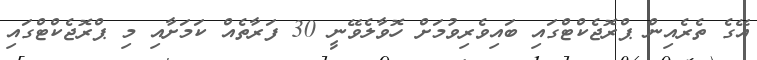
އޭގެ ތެރެއިން ޕްރޮޖެކްޓްގައި ބައިވެރިވުމަށް ހޮވާލެވޭނީ 30 ފަރާތެއް ކަމަށާއި މި ޕްރޮޖެކްޓްގައި